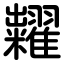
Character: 糶